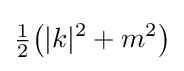
{\tfrac {1}{2}}{\big (}|k|^{2}+m^{2}{\big )}